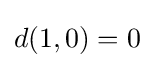
d(1,0)=0